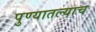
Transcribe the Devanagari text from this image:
पुण्यातल्याच